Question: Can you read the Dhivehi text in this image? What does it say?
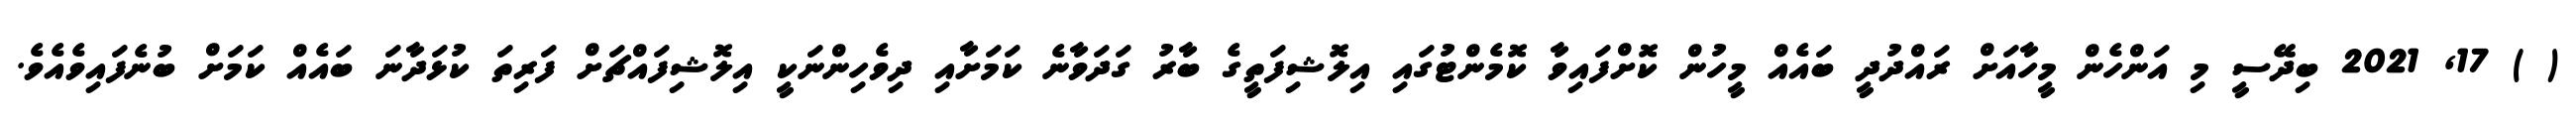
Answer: ( ) 17, 2021 ބިދޭސީ މި އަންހެން މީހާއަށް ރައްދުދީ ބައެއް މީހުން ކޮށްފައިވާ ކޮމެންޓުގައި އިލޮޝިފަތީގެ ބާރު ގަދަވާނެ ކަމަށާއި ދިވެހިންނަކީ އިލޮޝިފައްޗަށް ފަރިތަ ކުޅަދާނަ ބައެއް ކަމަށް ބުނެފައިވެއެވެ.